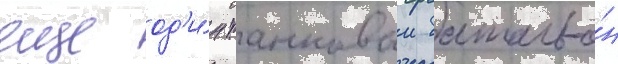
еще од'и́н танковыи батальо́н